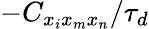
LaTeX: -C_{x_{i}x_{m}x_{n}}/\tau_{d}